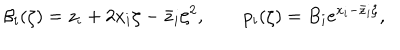
\beta _ { i } ( \zeta ) = z _ { i } + 2 x _ { i } \zeta - \bar { z } _ { i } \zeta ^ { 2 } , \qquad p _ { i } ( \zeta ) = B _ { i } e ^ { x _ { i } - \bar { z } _ { i } \zeta } ,